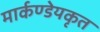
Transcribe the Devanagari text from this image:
मार्कण्डेयकृत